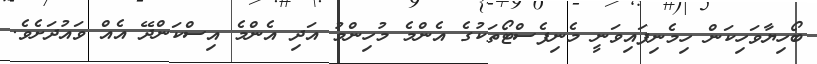
ބޯހިޔާވަހިކަން ހިމެނިފައިވަނީ މެނިފެސްޓޯތަކުގެ އެންމެ މުހިންމު އަދި އެންމެ އިސްކަންދޭ އެއް ވައުދަށެވެ.